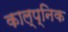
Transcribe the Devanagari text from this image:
काल्प्निक